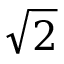
\sqrt { 2 }